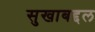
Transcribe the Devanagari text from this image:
सुखाबद्दल